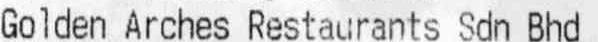
GOLDEN ARCHES RESTAURANTS SDN BHD